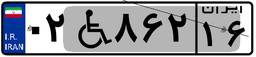
۳۱W۱۸۳۲۵